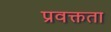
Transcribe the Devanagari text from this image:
प्रवक्तता